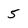
Character: 5